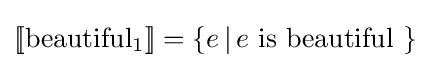
[\![{\text{beautiful}}_{1}]\!]=\{e\,|\,e{\text{ is beautiful }}\}